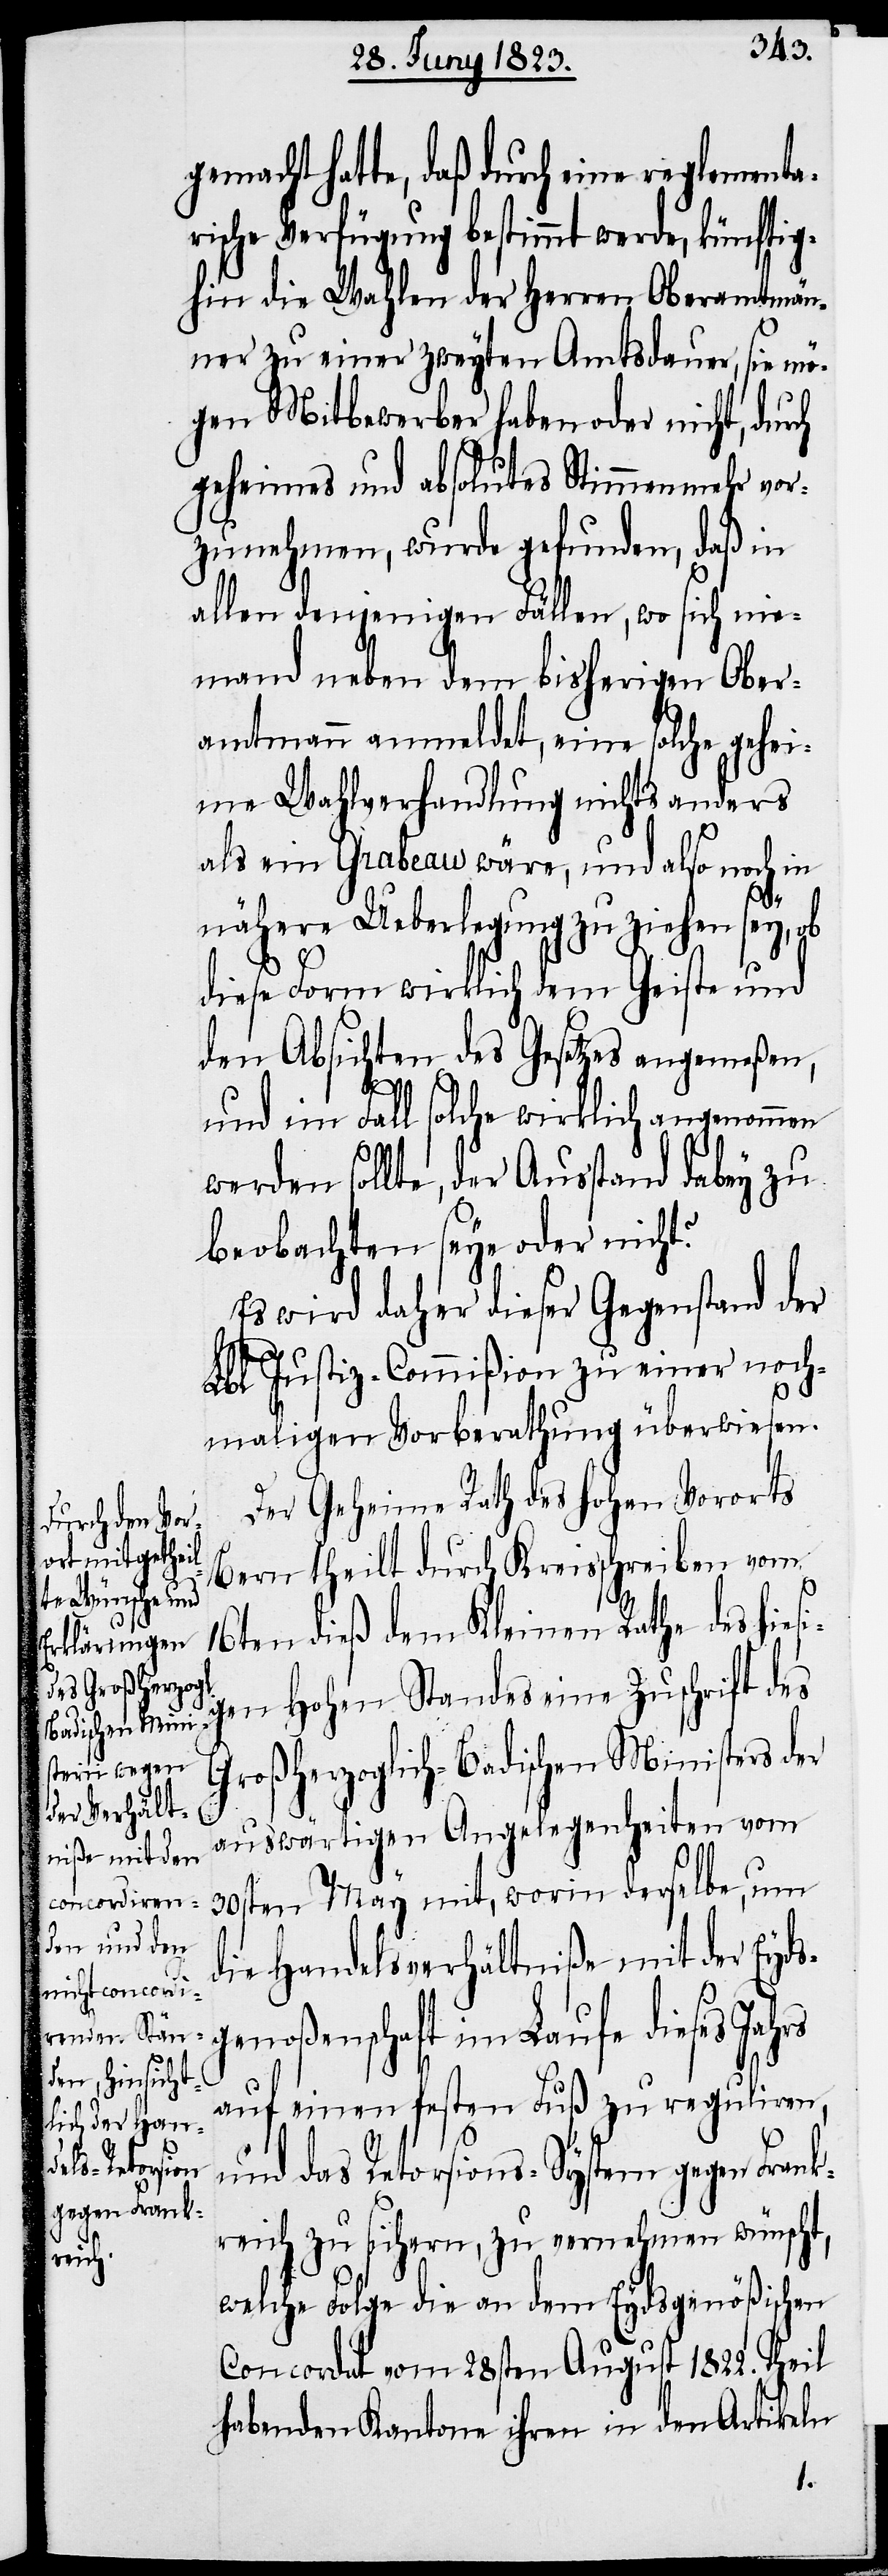
gemacht hatte, daß durch eine reglementa¬
rische Verfügung bestimmt werde, künftig¬
hin die Wahlen der Herren Oberamtmän¬
ner zu einer zweyten Amtsdauer, sie mö¬
gen Mitbewerber haben oder nicht, durch
geheimes und absolutes Stimmenmehr vor¬
zunehmen, wurde gefunden, daß in
allen denjenigen Fällen, wo sich nie¬
mand neben dem bisherigen Ober¬
amtmann anmeldet, eine solche gehei¬
me Wahlverhandlung nichts anders
als ein Grabeau wäre, und also noch in
nähere Ueberlegung zu ziehen sey, ob
diese Form wirklich dem Geiste und
den Absichten des Gesetzes angemeßen,
und im Fall solche wirklich angenommen
werden sollte, der Ausstand dabey zu
beobachten seye oder nicht?
Es wird daher dieser Gegenstand der
Lbl. Justiz-Commißion zu einer noch¬
maligen Vorberathung überwiesen.
Der Geheime Rath des hohen Vororts
Bern theilt durch Kreisschreiben vom
16ten dieß dem Kleinen Rathe des hiesi¬
gen Hohen Standes eine Zuschrift des
Großherzoglich-Badischen Ministers der
auswärtigen Angelegenheiten vom
30sten May mit, worin derselbe, um
die Handelsverhältniße mit der Eyds¬
genoßenschaft im Laufe dieses Jahrs
auf einen festen Fuß zu reguliren,
und das Retorsions-System gegen Frank¬
reich zu sichern, zu vernehmen wünscht,
welche Folge die an dem Eydsgenößischen
Concordat vom 28sten August 1822. Theil
habenden Kantone ihren in den Artikeln